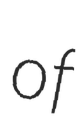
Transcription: of